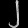
Digit: ၂